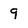
Character: 9